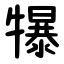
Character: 犦